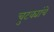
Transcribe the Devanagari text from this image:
चुटक्यांचे